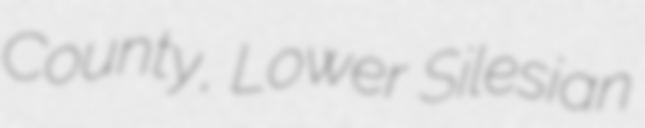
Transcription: County, Lower Silesian